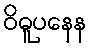
ဝိဓူပနေန